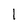
Character: 1